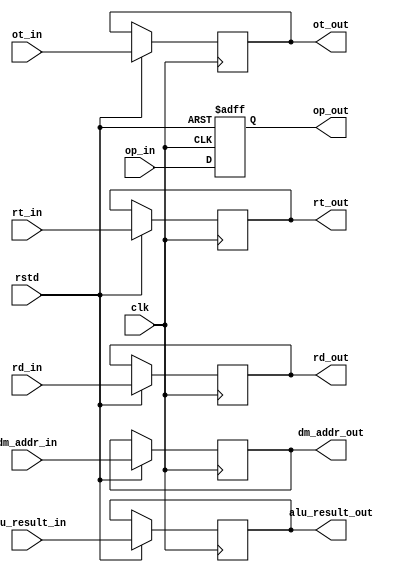
module ee_reg(
    input clk,
    input rstd,
    input [5:0] op_in,
    input [4:0] rd_in,
    input [4:0] rt_in,
    input [31:0] ot_in,
    input [31:0] dm_addr_in,
    input [31:0] alu_result_in,
    output [5:0] op_out,
    output [4:0] rd_out,
    output [4:0] rt_out,
    output [31:0] ot_out,
    output [31:0] dm_addr_out,
    output [31:0] alu_result_out
    );

    reg [31:0] ot, dm_addr, alu_result;
    reg [4:0] rd, rt;
    reg [5:0] op;

    always @(posedge clk or negedge rstd)begin
        if(rstd==0)op<=6'b110111;
        else if(clk==1)begin
            op <= op_in;
            rd <= rd_in;
            rt <= rt_in;
            ot <= ot_in;
            dm_addr <= dm_addr_in;
            alu_result <= alu_result_in;
        end
    end

    assign op_out = op;
    assign rd_out = rd;
    assign rt_out = rt;
    assign ot_out = ot;
    assign dm_addr_out = dm_addr;
    assign alu_result_out = alu_result;
endmodule